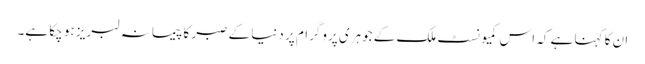
ان کا کہنا ہے کہ اس کمیونسٹ ملک کے جوہری پروگرام پر دنیا کے صبر کا پیمانہ لبریز ہو چکا ہے۔